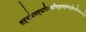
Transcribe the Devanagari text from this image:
सद्बांधवस्यापिदयाभिभूतास्तेषांतुतीर्थानिफलप्रदानि